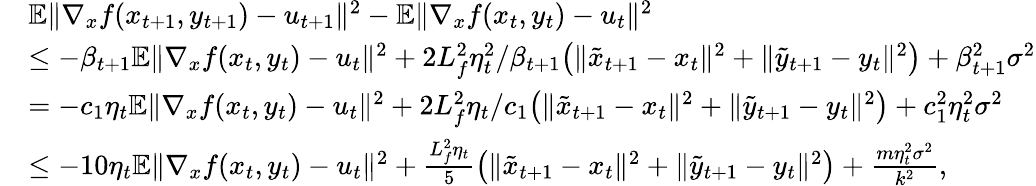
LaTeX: \begin{array}{rl}&{\mathbb{E}\| \nabla_{x}f(x_{t+1},y_{t+1})-u_{t+1}\| ^{2}-\mathbb{E}\| \nabla_{x}f(x_{t},y_{t})-u_{t}\| ^{2}}\\ &{\leq-\beta_{t+1}\mathbb{E}\| \nabla_{x}f(x_{t},y_{t})-u_{t}\| ^{2}+2L_{f}^{2}\eta_{t}^{2}/\beta_{t+1}\big(\| \tilde{x}_{t+1}-x_{t}\| ^{2}+\| \tilde{y}_{t+1}-y_{t}\| ^{2}\big)+\beta_{t+1}^{2}\sigma^{2}}\\ &{=-c_{1}\eta_{t}\mathbb{E}\| \nabla_{x}f(x_{t},y_{t})-u_{t}\| ^{2}+2L_{f}^{2}\eta_{t}/c_{1}\big(\| \tilde{x}_{t+1}-x_{t}\| ^{2}+\| \tilde{y}_{t+1}-y_{t}\| ^{2}\big)+c_{1}^{2}\eta_{t}^{2}\sigma^{2}}\\ &{\leq-10\eta_{t}\mathbb{E}\| \nabla_{x}f(x_{t},y_{t})-u_{t}\| ^{2}+\frac{L_{f}^{2}\eta_{t}}{5}\big(\| \tilde{x}_{t+1}-x_{t}\| ^{2}+\| \tilde{y}_{t+1}-y_{t}\| ^{2}\big)+\frac{m\eta_{t}^{2}\sigma^{2}}{k^{2}},}\end{array}